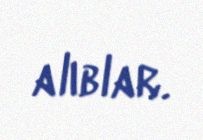
alıblar.